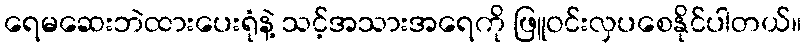
ရေမဆေးဘဲထားပေးရုံနဲ့ သင့်အသားအရေကို ဖြူဝင်းလှပစေနိုင်ပါတယ်။